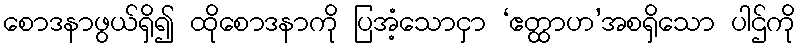
စောဒနာဖွယ်ရှိ၍ ထိုစောဒနာကို ပြအံ့သောငှာ ‘ဧတ္ထာဟ’အစရှိသော ပါဌ်ကို